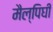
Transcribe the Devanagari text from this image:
मैल्पिघी